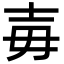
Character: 毐